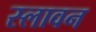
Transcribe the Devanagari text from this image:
स्लावन